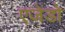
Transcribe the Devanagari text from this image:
एजेंडो